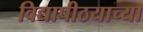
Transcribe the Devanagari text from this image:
विद्यापीठयाच्या